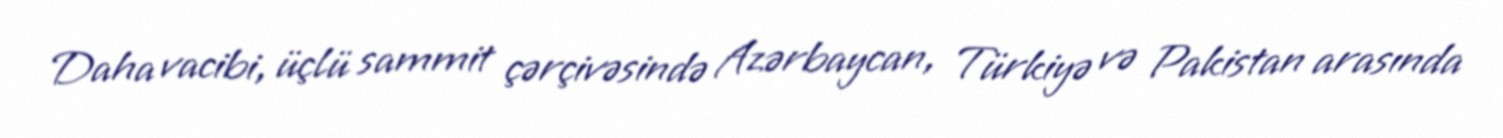
Daha vacibi, üçlü sammit çərçivəsində Azərbaycan, Türkiyə və Pakistan arasında